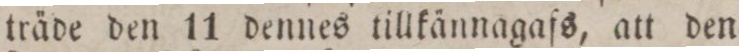
träde den 11 dennes tillkännagafs, att den